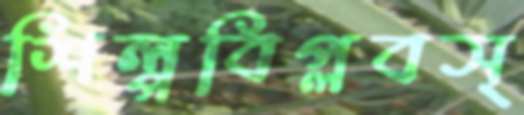
শিল্পবিপ্লবস্